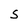
Character: S